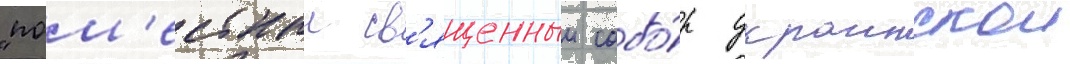
"пом'естныи св'ященныи собо́р украинскои